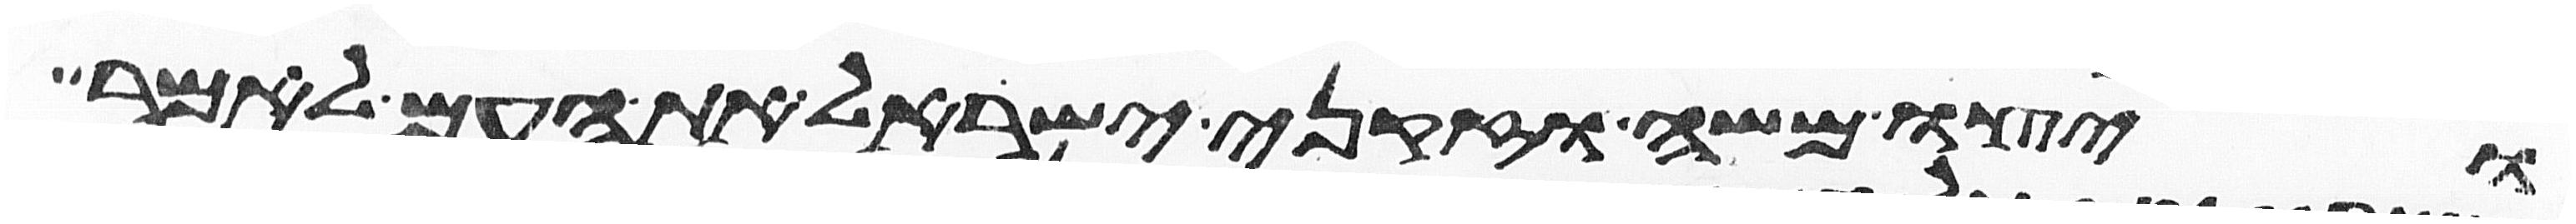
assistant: ויצו משה וזקני ישראל את העם לאמר